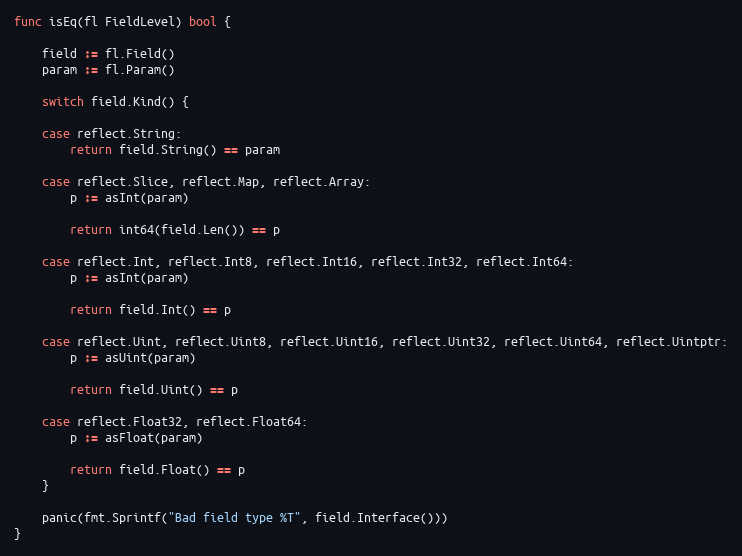
Language: Go
func isEq(fl FieldLevel) bool {

	field := fl.Field()
	param := fl.Param()

	switch field.Kind() {

	case reflect.String:
		return field.String() == param

	case reflect.Slice, reflect.Map, reflect.Array:
		p := asInt(param)

		return int64(field.Len()) == p

	case reflect.Int, reflect.Int8, reflect.Int16, reflect.Int32, reflect.Int64:
		p := asInt(param)

		return field.Int() == p

	case reflect.Uint, reflect.Uint8, reflect.Uint16, reflect.Uint32, reflect.Uint64, reflect.Uintptr:
		p := asUint(param)

		return field.Uint() == p

	case reflect.Float32, reflect.Float64:
		p := asFloat(param)

		return field.Float() == p
	}

	panic(fmt.Sprintf("Bad field type %T", field.Interface()))
}